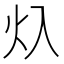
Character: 𱪡